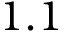
1 . 1